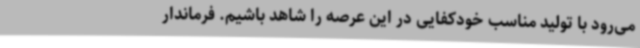
می‌رود با تولید مناسب خودکفایی در این عرصه را شاهد باشیم. فرماندار